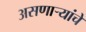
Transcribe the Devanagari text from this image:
असणाऱ्यांचे